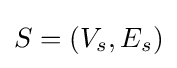
S=(V_{s},E_{s})